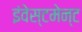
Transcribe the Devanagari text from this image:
इंवेस्टमेन्ट